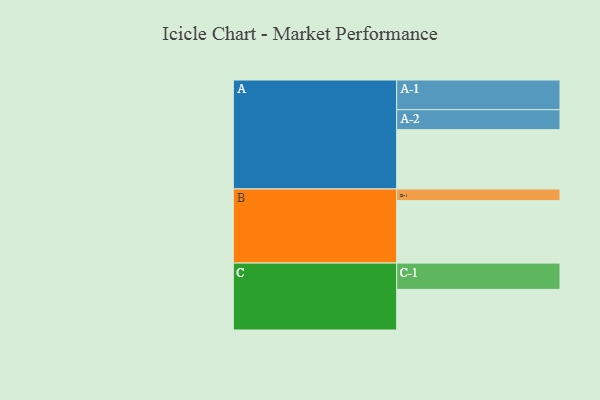
{"axis": {"x": "Segment", "y": "Value"}, "legend": ["", "A", "B", "C"], "data": [{"x": "A", "y": 499, "type": ""}, {"x": "B", "y": 526, "type": ""}, {"x": "C", "y": 342, "type": ""}, {"x": "A-1", "y": 250, "type": "A"}, {"x": "A-2", "y": 168, "type": "A"}, {"x": "B-1", "y": 98, "type": "B"}, {"x": "C-1", "y": 221, "type": "C"}]}